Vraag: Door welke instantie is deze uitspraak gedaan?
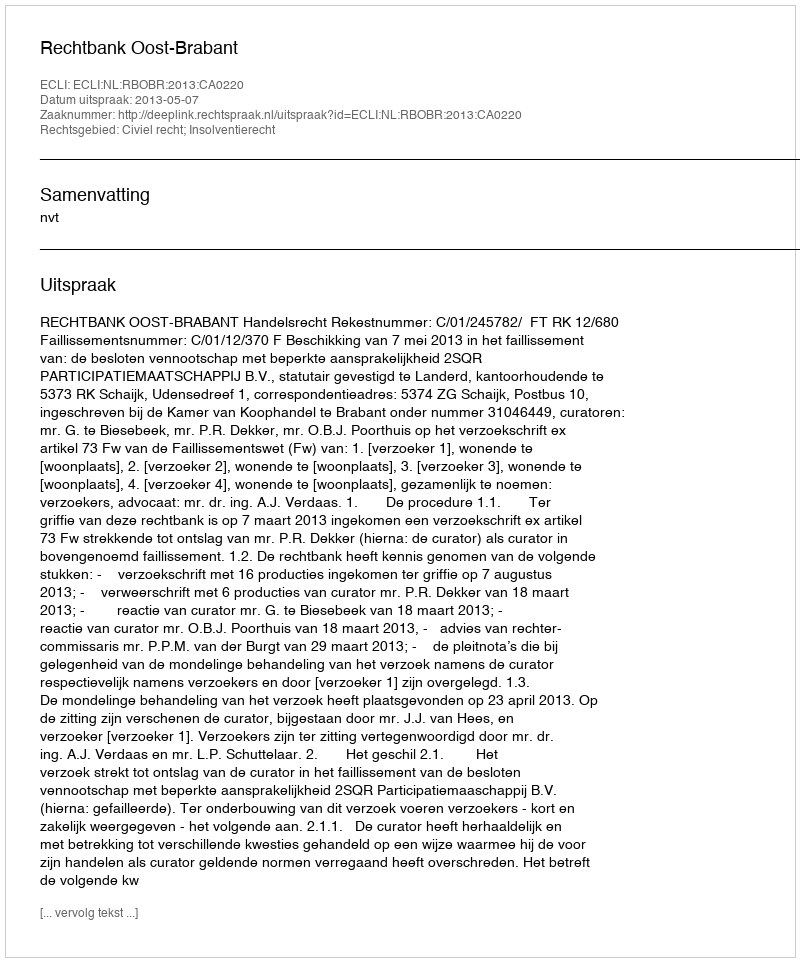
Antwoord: Rechtbank Oost-Brabant